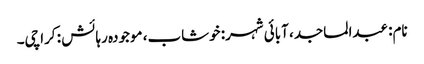
نام: عبدالماجد، آبائی شہر: خوشاب، موجودہ رہائش : کراچی۔